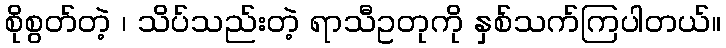
စိုစွတ်တဲ့ ၊ သိပ်သည်းတဲ့ ရာသီဥတုကို နှစ်သက်ကြပါတယ်။